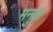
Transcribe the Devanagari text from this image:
मनुअ